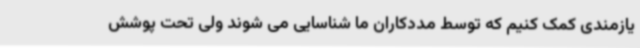
یازمندی کمک کنیم که توسط مددکاران ما شناسایی می شوند ولی تحت پوشش